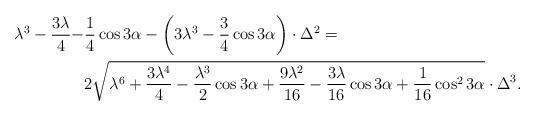
LaTeX: \begin{align*}\lambda^3-\frac{3\lambda}{4}-&\frac{1}{4}\cos{3\alpha}-\left(3\lambda^3-\frac{3}{4}\cos3\alpha\right)\cdot\Delta^2=\\&2\sqrt{\lambda^6+\frac{3\lambda^4}{4}-\frac{\lambda^3}{2}\cos3\alpha+\frac{9\lambda^2}{16}-\frac{3\lambda}{16}\cos3\alpha+\frac{1}{16}\cos^23\alpha}\cdot\Delta^3.\end{align*}